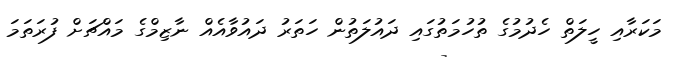
މަކަރާއި ހީލަތް ހެދުމުގެ ތުހުމަތުގައި ދައުލަތުން ހަތަރު ދައުވާއެއް ނާޒިމްގެ މައްޗަށް ފުރަތަމަ